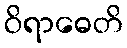
ဝိရာဓေတိ